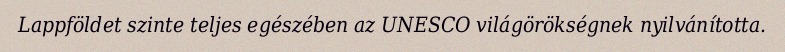
Lappföldet szinte teljes egészében az UNESCO világörökségnek nyilvánította.